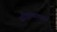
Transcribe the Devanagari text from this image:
सत्क्रियात्मक